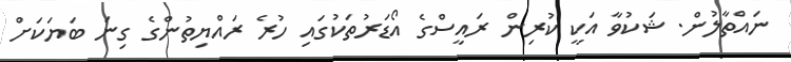
ނަައްތާލުން. ޝަކުވާ އަކީ ކުރިން ރައީސްގެ އޯޑަރުތަކުގައި ހުރެ ރައްޔިތުންގެ ގިނަ ބަޔަކަށް